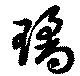
璚